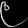
Digit: ၉